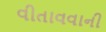
વીતાવવાની